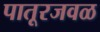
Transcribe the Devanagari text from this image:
पातूरजवळ